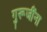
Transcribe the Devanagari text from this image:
गुरूजींना